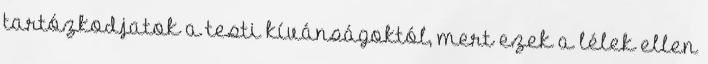
tartózkodjatok a testi kívánságoktól, mert ezek a lélek ellen